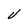
Character: v